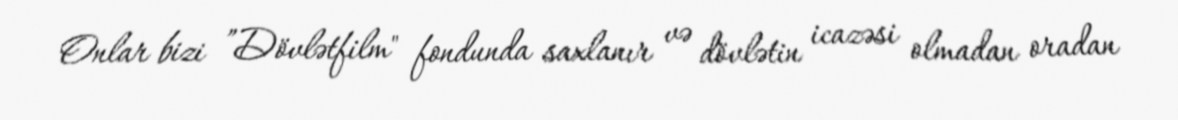
Onlar bizi ”Dövlətfilm" fondunda saxlanır və dövlətin icazəsi olmadan oradan